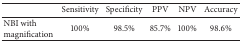
<table><thead><tr><td><b> </b></td><td><b>Sensitivity</b></td><td><b>Specificity</b></td><td><b>PPV</b></td><td><b>NPV</b></td><td><b>Accuracy</b></td></tr></thead><tbody><tr><td>NBI withmagnification</td><td>100%</td><td>98.5%</td><td>85.7%</td><td>100%</td><td>98.6%</td></tr></tbody></table>